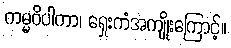
ကမ္မဝိပါကာ၊ ရှေးကံအကျိုးကြောင့်။